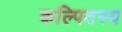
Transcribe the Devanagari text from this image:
कल्पितस्य